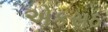
એકસઠ